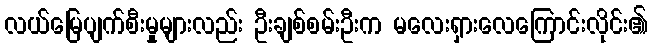
လယ်မြေပျက်စီးမှုများလည်း ဦးချစ်စမ်းဦးက မလေးရှားလေကြောင်းလိုင်း၏